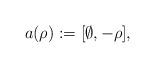
LaTeX: \begin{align*}a(\rho):=[\emptyset, -\rho],\end{align*}